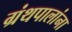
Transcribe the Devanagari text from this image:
ग्रंथपालांना